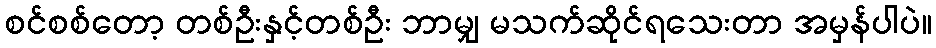
စင်စစ်တော့ တစ်ဦးနှင့်တစ်ဦး ဘာမျှ မသက်ဆိုင်ရသေးတာ အမှန်ပါပဲ။